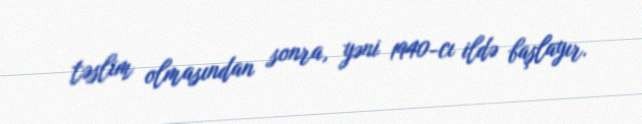
təslim olmasından sonra, yəni 1940-cı ildə başlayır.